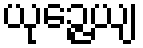
ယုဉ္ဇေယျ